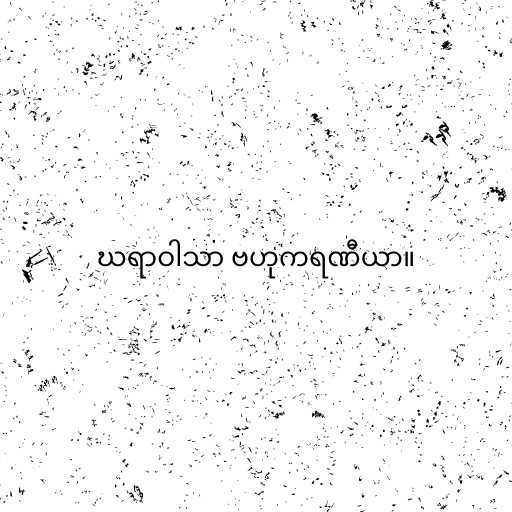
ဃရာဝါသာ ဗဟုကရဏီယာ။